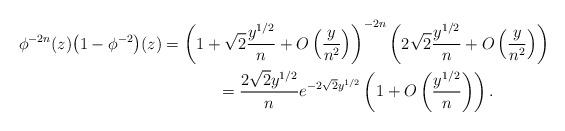
LaTeX: \begin{gather*}\phi^{-2n} (z)\big(1 - \phi^{-2}\big)(z) = \left(1 + \sqrt{2}\frac{y^{1/2}}{n} + O\left(\frac{y}{n^2}\right)\right)^{-2n}\left( 2\sqrt{2}\frac{y^{1/2}}{n}+ O\left(\frac{y}{n^2}\right)\right) \\\hphantom{\phi^{-2n} (z)\big(1 - \phi^{-2}\big)(z)}{} = \frac{2\sqrt{2}y^{1/2}}{n} e^{- 2\sqrt{2} y^{1/2}}\left(1 + O\left(\frac{y^{1/2}}{n}\right)\right).\end{gather*}